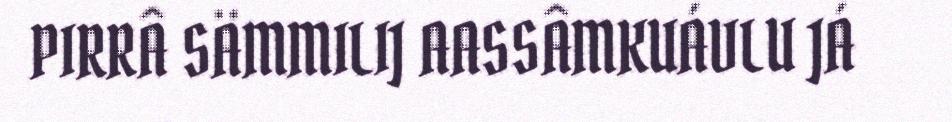
PIRRÂ SÄMMILIJ AASSÂMKUÁVLU JÁ